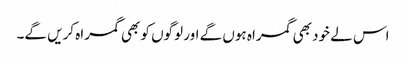
اس لے خود بھی گمراہ ہوں گے اور لوگوں کو بھی گمراہ کریں گے۔